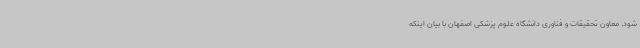
شود. معاون تحقیقات و فناوری دانشگاه علوم پزشکی اصفهان با بیان اینکه